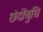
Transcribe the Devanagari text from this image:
छंदोंबुधि